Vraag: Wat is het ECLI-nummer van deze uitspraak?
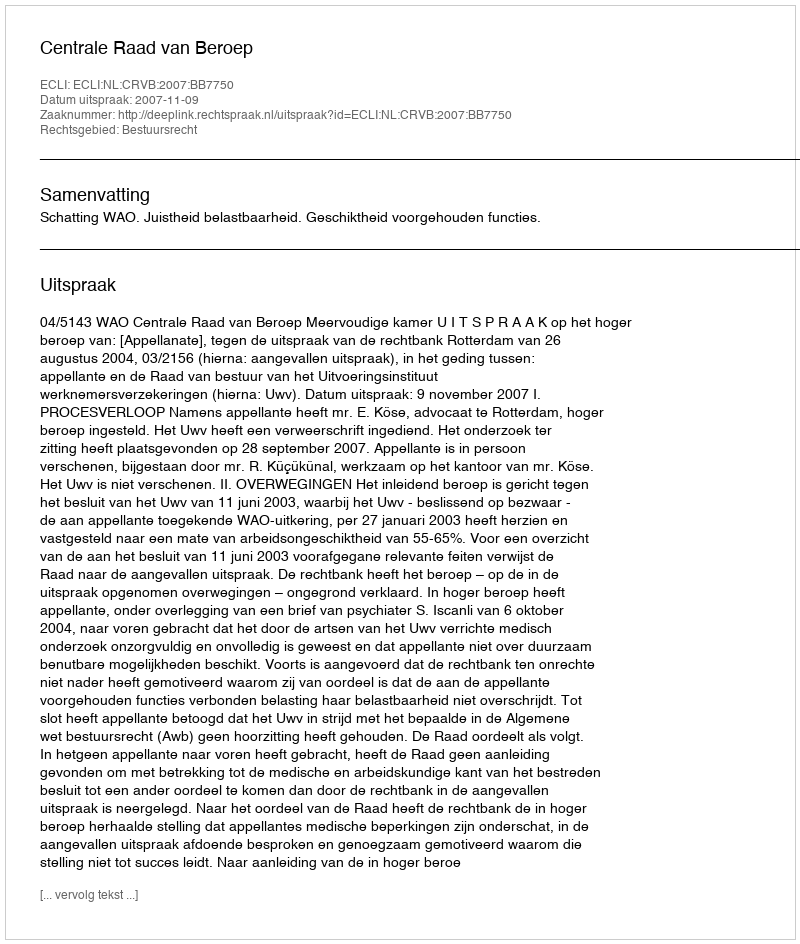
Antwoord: ECLI:NL:CRVB:2007:BB7750